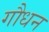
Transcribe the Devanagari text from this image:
गौधन